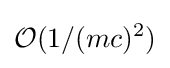
{\mathcal {O}}(1/(mc)^{2})